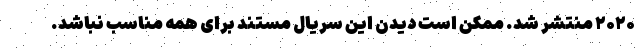
۲۰۲۰ منتشر شد. ممکن است دیدن این سریال مستند برای همه مناسب نباشد.